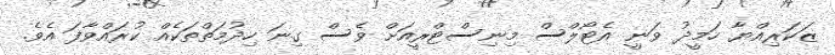
ޒަކަރިއްޔާ ހަމީދު ވަނީ އެޓޯލްސް މިނިސްޓްރީއަށް ވެސް ގިނަ ހިދުމަތްތަކެއް ކުރައްވާފަ އެވެ.